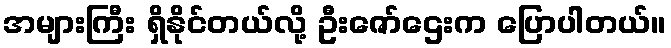
အများကြီး ရှိနိုင်တယ်လို့ ဦးဇော်ဌေးက ပြောပါတယ်။